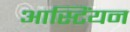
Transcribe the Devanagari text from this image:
आस्टिंयन